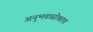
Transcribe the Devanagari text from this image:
अनुभवासोबतच